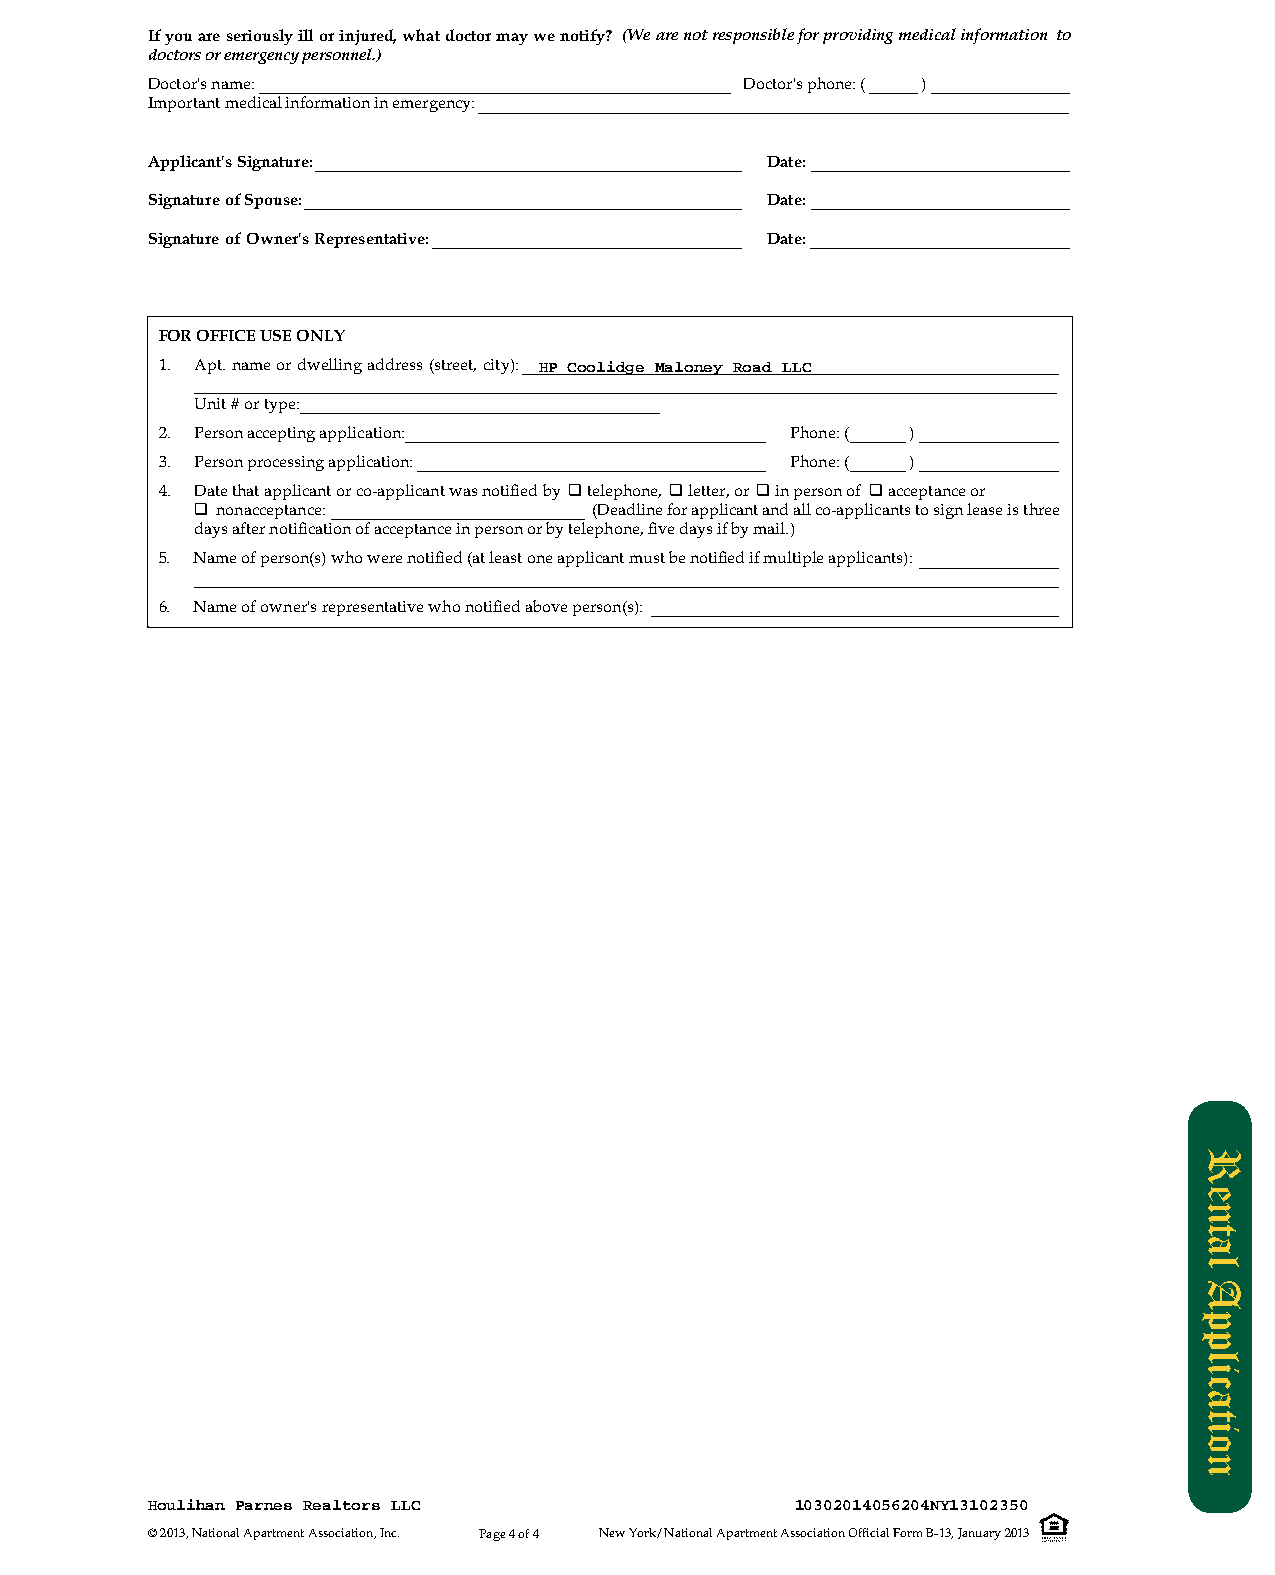
Ifyouareseriouslyillorinjured,whatdoctormaywenotify? (Wearenotresponsibleforprovidingmedicalinformation to
 doctorsoremergencypersonnel.)
 Doctor's name:                         Doctor's phone: ( )
 Importantmedicalinformationinemergency:
 Applicant's Signature:                   Date:
 SignatureofSpouse:                       Date:
 SignatureofOwner'sRepresentative:        Date:
 FOR OFFICE USE ONLY
 1. Apt.nameordwellingaddress(street,city): HP Coolidge Maloney Road LLC
 Unit # or type:
 2. Person accepting application:         Phone: ( )
 3. Person processing application:        Phone: ( )
 4. Datethatapplicantorco-applicantwasnotifiedby Âtelephone, Âletter, or Âin person of Âacceptance or
 Â nonacceptance:          (Deadlineforapplicantandallco-applicantstosignleaseisthree
 days after notification of acceptance in person or by telephone, five days if by mail.)
 5. Nameofperson(s)whowerenotified(atleastoneapplicantmustbenotifiedifmultipleapplicants):
 6. Nameofowner'srepresentativewhonotifiedaboveperson(s):
 Houlihan Parnes Realtors LLC               10302014056204NY13102350
 ©2013,NationalApartmentAssociation,Inc. Page 4 of 4 New York/National Apartment Association Official Form B-13, January 2013
 Rental
 Application